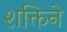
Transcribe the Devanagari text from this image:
शक्तिने